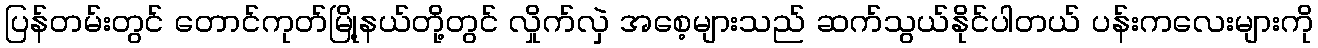
ပြန်တမ်းတွင် တောင်ကုတ်မြို့နယ်တို့တွင် လှိုက်လှဲ အစေ့များသည် ဆက်သွယ်နိုင်ပါတယ် ပန်းကလေးများကို